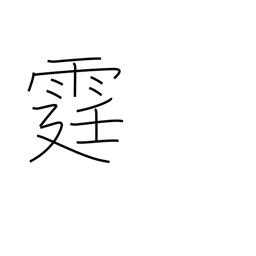
Meaning: lightning